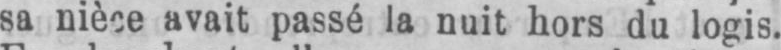
sa nièce avait passé la nuit hors du logis.